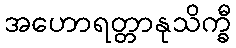
အဟောရတ္တာနုသိက္ခီ